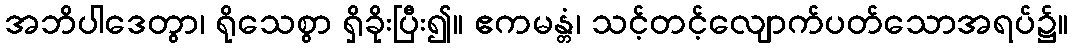
အဘိပါဒေတွာ၊ ရိုသေစွာ ရှိခိုးပြီး၍။ ဧကမန္တံ၊ သင့်တင့်လျောက်ပတ်သောအရပ်၌။